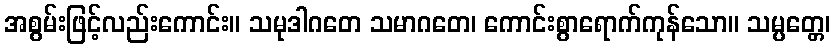
အစွမ်းဖြင့်လည်းကောင်း။ သမုဒါဂတေ သမာဂတေ၊ ကောင်းစွာရောက်ကုန်သော။ သမ္ပတ္တေ၊